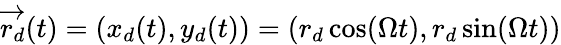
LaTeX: \overrightarrow{r_{d}}(t)=\left(x_{d}(t),y_{d}(t)\right)=\left(r_{d}\cos(\Omega t),r_{d}\sin(\Omega t)\right)